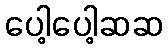
ပေါ့ပေါ့ဆဆ